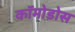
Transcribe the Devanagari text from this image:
कॉमोडोस